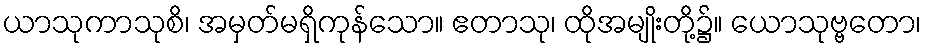
ယာသုကာသုစိ၊ အမှတ်မရှိကုန်သော။ ဧတာသု၊ ထိုအမျိုးတို့၌။ ယောသုဗ္ဗတော၊